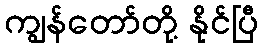
ကျွန်တော်တို့ နိုင်ပြီ